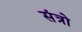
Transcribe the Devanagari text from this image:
संत्रो